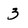
Character: 3